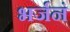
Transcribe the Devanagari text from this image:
भर्जनं